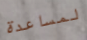
لمساعدة